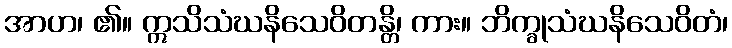
အာဟ၊ ၏။ ဣသိသံဃနိသေဝိတန္တိ၊ ကား။ ဘိက္ခုသံဃနိသေဝိတံ၊